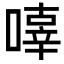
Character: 𠽿